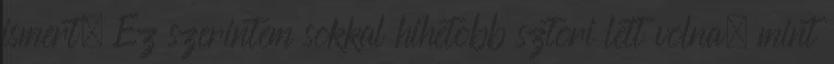
ismert, Ez szerintem sokkal hihetobb sztori lett volna, mint